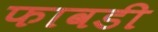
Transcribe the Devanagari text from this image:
फावडी